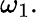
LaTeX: \omega_{1}.